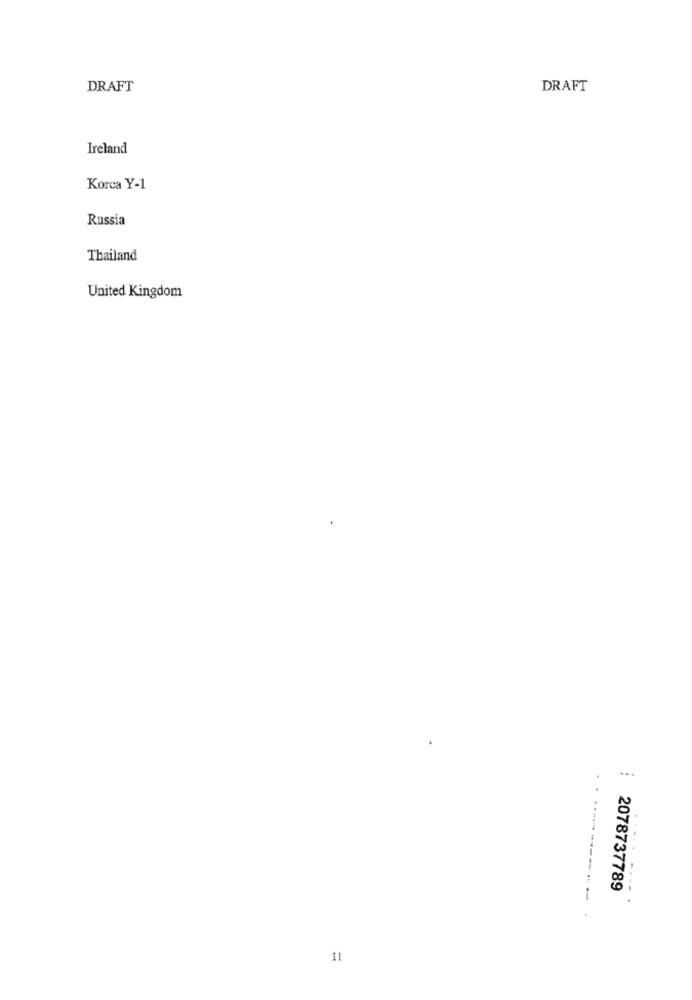
DRAFT
DRAFT
Ireland
Korca Y-1
Russia
Thailand
United Kingdom
2078737789
----
11